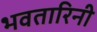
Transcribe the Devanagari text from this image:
भवतारिनी